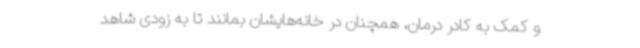
و کمک به کادر درمان، همچنان در خانه‌هایشان بمانند تا به زودی شاهد